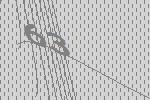
63